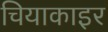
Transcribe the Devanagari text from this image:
चियाकाइर